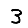
Digit: 3